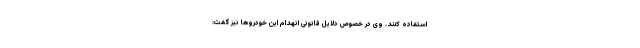
استفاده کنند. وی در خصوص دلایل قانونی انهدام این خودروها نیز گفت: